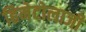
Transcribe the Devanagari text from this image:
हिमेटोलाजी